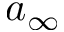
a _ { \infty }